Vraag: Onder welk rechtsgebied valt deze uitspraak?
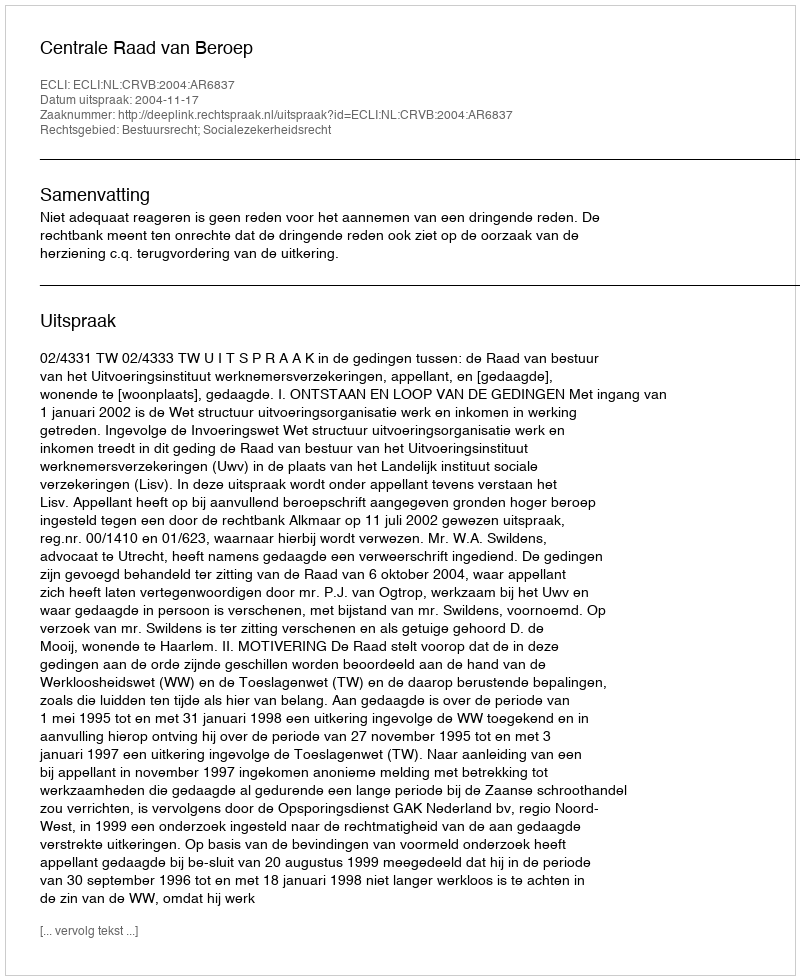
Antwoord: Bestuursrecht; Socialezekerheidsrecht